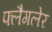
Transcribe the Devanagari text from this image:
फ्लैगलेर